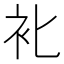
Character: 𰳰